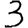
Digit: 3